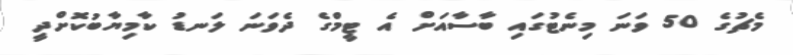
މެޗުގެ 50 ވަނަ މިނެޓުގައި ބާސާއަށް އެ ޓީމްގެ ދެވަނަ ލަނޑު ކާމިޔާބުކޮށްދީ